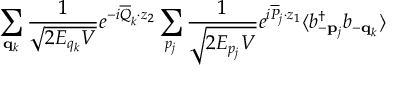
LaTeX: \sum _ { { \bf q } _ { k } } \frac { 1 } { \sqrt { 2 E _ { q _ { k } } V } } e ^ { - i \overline { { { Q } } } _ { k } \cdot z _ { 2 } } \sum _ { p _ { j } } \frac { 1 } { \sqrt { 2 E _ { p _ { j } } V } } e ^ { i \overline { { { P } } } _ { j } \cdot z _ { 1 } } \langle b _ { - { \bf p } _ { j } } ^ { \dagger } b _ { - { \bf q } _ { k } } \rangle